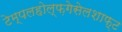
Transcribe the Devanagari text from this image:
टेम्पलहोल्फ़गेसेलशाफ्ट